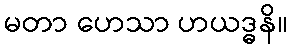
မတာ ဟေသာ ဟယဒ္ဓနိ။